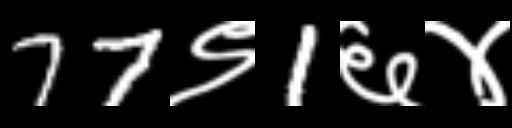
Text: 77९1६४